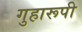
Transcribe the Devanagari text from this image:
गुहारूपी